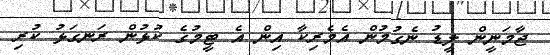
ޖާމަނީން ލީޑު ނެގުމުން އެމެރިކާ އިން އެ ޓީމުގެ ކުޅުން ރަނގަޅު ކުރި